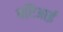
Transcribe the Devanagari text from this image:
बरिआई